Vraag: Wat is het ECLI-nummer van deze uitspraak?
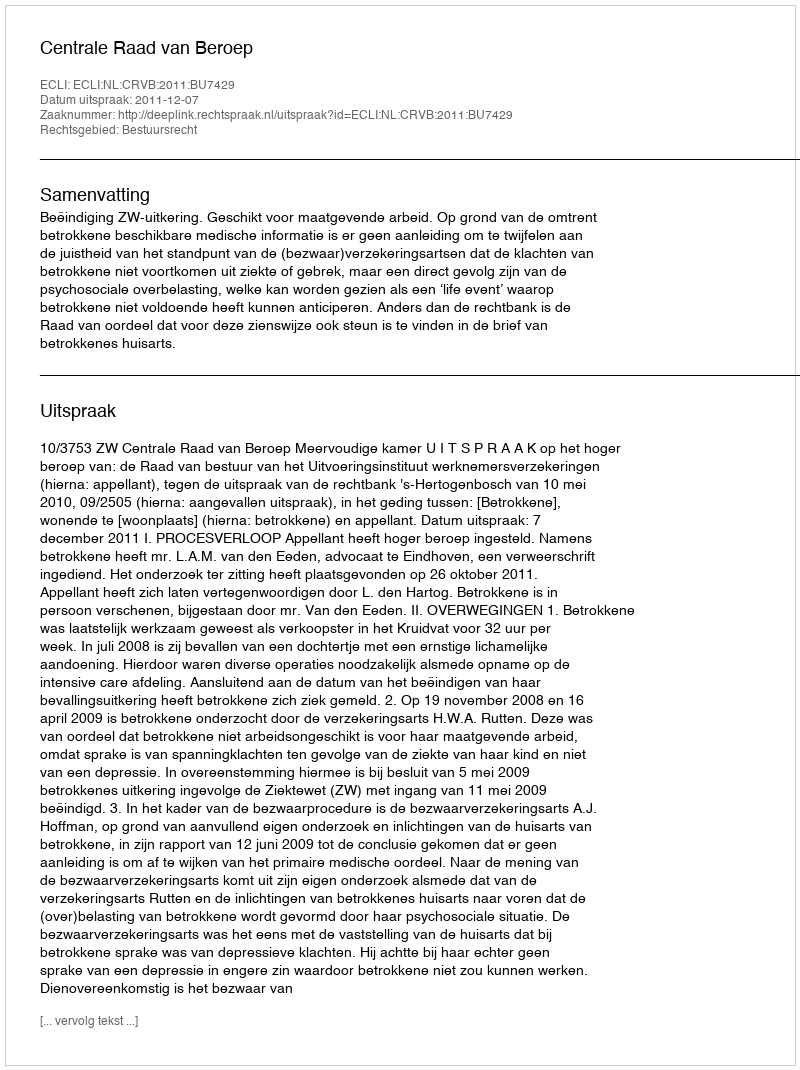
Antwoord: ECLI:NL:CRVB:2011:BU7429